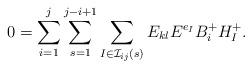
LaTeX: \begin{align*}0= \sum_{i=1}^{j}\sum_{s=1}^{j-i+1}\sum_{I\in \mathcal{I}_{ij}(s)} E_{kl}E^{e_I}B_i^+H_I^+.\end{align*}